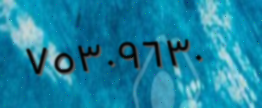
٧٥٣٠٩٦٣٠